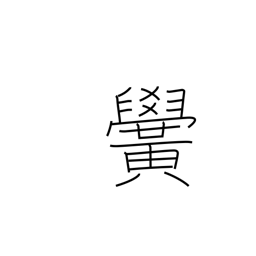
Meaning: school